Indian journal of veterinary science and animal husbandry - Volumes 24-25, 1954-1955
Year: 1954
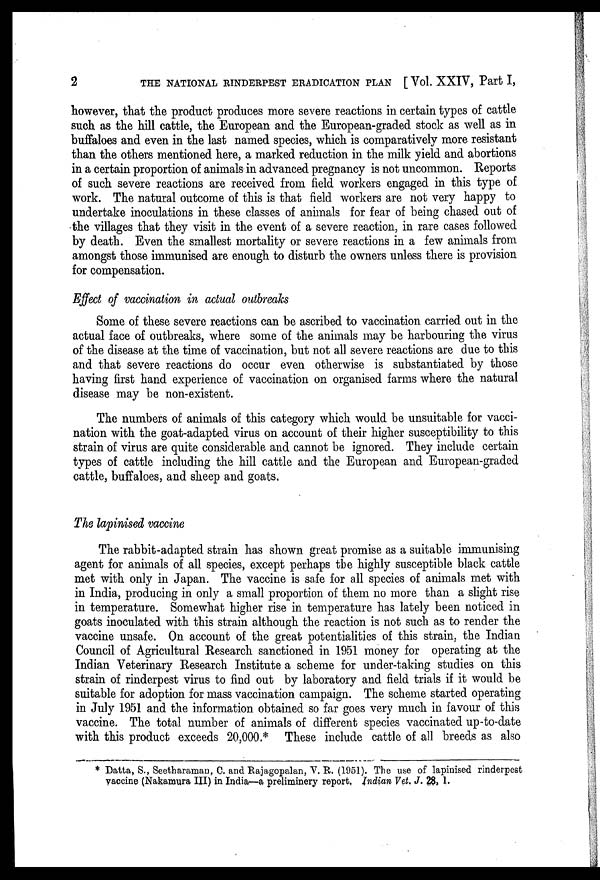
2
THE NATIONAL RINDERPEST ERADICATION PLAN [Vol. XXIV, Part I,
however, that the product produces more severe reactions in certain types of cattle
such as the hill cattle, the European and the European-graded stock as well as in
buffaloes and even in the last named species, which is comparatively more resistant
than the others mentioned here, a marked reduction in the milk yield and abortions
in a certain proportion of animals in advanced pregnancy is not uncommon. Reports
of such severe reactions are received from field workers engaged in this type of
work. The natural outcome of this is that field workers are not very happy to
undertake inoculations in these classes of animals for fear of being chased out of
the villages that they visit in the event of a severe reaction, in rare cases followed
by death. Even the smallest mortality or severe reactions in a few animals from
amongst those immunised are enough to disturb the owners unless there is provision
for compensation.
Effect of vaccination in actual outbreaks
Some of these severe reactions can be ascribed to vaccination carried out in the
actual face of outbreaks, where some of the animals may be harbouring the virus
of the disease at the time of vaccination, but not all severe reactions are due to this
and that severe reactions do occur even otherwise is substantiated by those
having first hand experience of vaccination on organised farms where the natural
disease may be non-existent.
The numbers of animals of this category which would be unsuitable for vacci-
nation with the goat-adapted virus on account of their higher susceptibility to this
strain of virus are quite considerable and cannot be ignored. They include certain
types of cattle including the hill cattle and the European and European-graded
cattle, buffaloes, and sheep and goats.
The lapinised vaccine
The rabbit-adapted strain has shown great promise as a suitable immunising
agent for animals of all species, except perhaps the highly susceptible black cattle
met with only in Japan. The vaccine is safe for all species of animals met with
in India, producing in only a small proportion of them no more than a slight rise
in temperature. Somewhat higher rise in temperature has lately been noticed in
goats inoculated with this strain although the reaction is not such as to render the
vaccine unsafe. On account of the great potentialities of this strain, the Indian
Council of Agricultural Research sanctioned in 1951 money for operating at the
Indian Veterinary Research Institute a scheme for under-taking studies on this
strain of rinderpest virus to find out by laboratory and field trials if it would be
suitable for adoption for mass vaccination campaign. The scheme started operating
in July 1951 and the information obtained so far goes very much in favour of this
vaccine. The total number of animals of different species vaccinated up-to-date
with this product exceeds 20,000.* These include cattle of all breeds as also
* Datta, S., Seetharaman, C. and Rajagopalan, V. R. (1951). The use of lapinised rinderpest
vaccine (Nakamura III) in India—a preliminery report, Indian Vet. J. 28, 1.